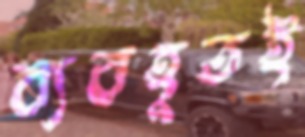
ব্যবহূতই